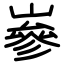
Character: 嵾